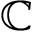
\mathbb C